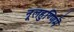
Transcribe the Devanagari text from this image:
नूलहुण्णिमॆ